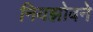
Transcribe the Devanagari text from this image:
नियझोवने